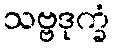
သဗ္ဗဒုက္ခံ